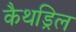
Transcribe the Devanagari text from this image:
कैथड्रिल